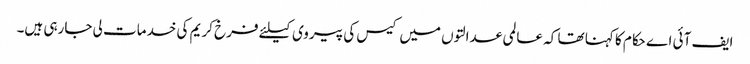
ایف آئی اے حکام کا کہنا تھا کہ عالمی عدالتوں میں کیس کی پیروی کیلئے فرخ کریم کی خدمات لی جارہی ہیں۔